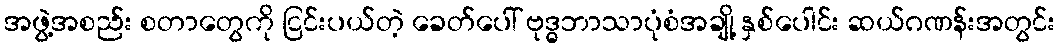
အဖွဲ့အစည်း စတာတွေကို ငြင်းပယ်တဲ့ ခေတ်ပေါ် ဗုဒ္ဓဘာသာပုံစံအချို့ နှစ်ပေါင်း ဆယ်ဂဏန်းအတွင်း